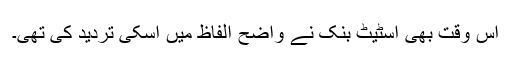
اس وقت بھی اسٹیٹ بنک نے واضح الفاظ میں اسکی تردید کی تھی۔